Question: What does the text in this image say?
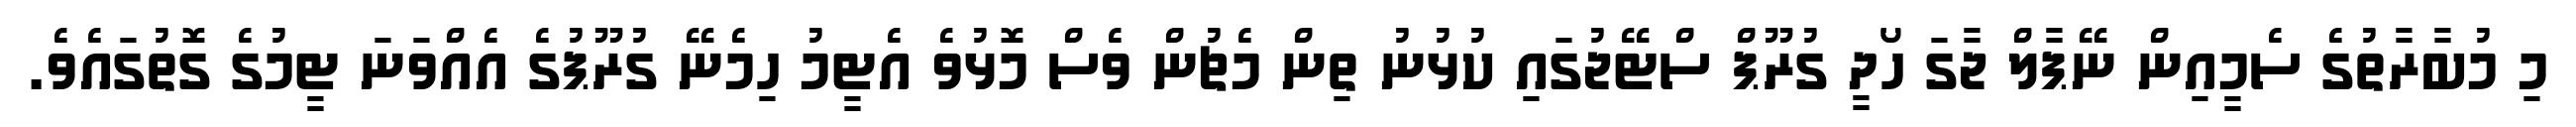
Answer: މި މުބާރާތުގެ ސެމީއިން ނޭޕާލް ޖާގަ ހޯދީ ގުރޫޕް ސްޓޭޖުގައި ކުޅުނު ތިން މެޗުން ވެސް މޮޅުވެ އެޓީމު ހިމެނޭ ގުރޫޕުގެ އެއްވަނަ ޓީމުގެ ގޮތުގައެވެ.